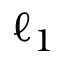
\ell _ { 1 }